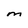
Character: M